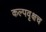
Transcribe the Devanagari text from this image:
कल्पवृक्षच